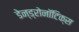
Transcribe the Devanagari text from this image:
डेन्ड्रोनॉटिक्स